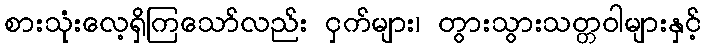
စားသုံးလေ့ရှိကြသော်လည်း ငှက်များ၊ တွားသွားသတ္တဝါများနှင့်